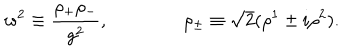
LaTeX: w ^ { 2 } \equiv \frac { \rho _ { + } \rho _ { - } } { g ^ { 2 } } , \qquad \qquad \rho _ { \pm } \equiv \sqrt { 2 } ( \rho ^ { 1 } \pm i \rho ^ { 2 } ) .